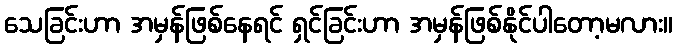
သေခြင်းဟာ အမှန်ဖြစ်နေရင် ရှင်ခြင်းဟာ အမှန်ဖြစ်နိုင်ပါတော့မလား။